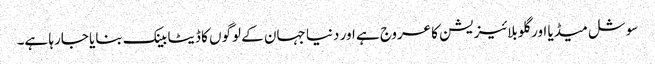
سوشل میڈیا اور گلوبلائیزیشن کا عروج ہے اور دنیا جہان کے لوگوں کا ڈیٹا بینک بنایا جارہا ہے۔